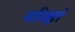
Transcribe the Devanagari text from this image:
परिक्षां